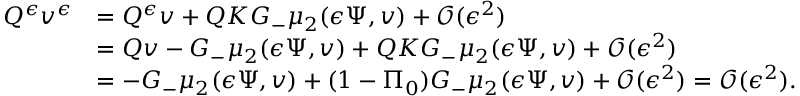
\begin{array} { r l } { Q ^ { \epsilon } v ^ { \epsilon } } & { = Q ^ { \epsilon } v + Q K G _ { - } \mu _ { 2 } ( { \epsilon } \Psi , v ) + \mathcal { O } ( { \epsilon } ^ { 2 } ) } \\ & { = Q v - G _ { - } \mu _ { 2 } ( { \epsilon } \Psi , v ) + Q K G _ { - } \mu _ { 2 } ( { \epsilon } \Psi , v ) + \mathcal { O } ( { \epsilon } ^ { 2 } ) } \\ & { = - G _ { - } \mu _ { 2 } ( { \epsilon } \Psi , v ) + ( 1 - \Pi _ { 0 } ) G _ { - } \mu _ { 2 } ( { \epsilon } \Psi , v ) + \mathcal { O } ( { \epsilon } ^ { 2 } ) = \mathcal { O } ( { \epsilon } ^ { 2 } ) . } \end{array}